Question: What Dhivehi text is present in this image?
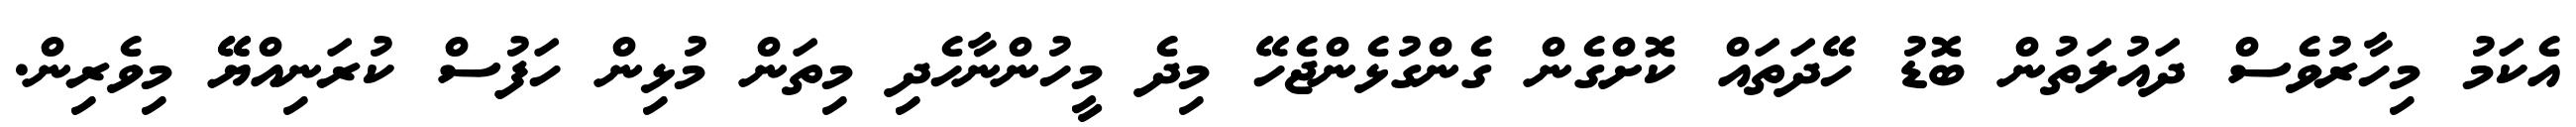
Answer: އެކަމު މިހާރުވެސް ދައުލަތުން ބޮޑު ހޭދަތައް ކޮށްގެން ގެންގުޅެންޖެހޭ މިދެ މީހުންނާހެދި މިތަން މުޅިން ހަފުސް ކުރަނިއްޔޭޭ މިވެރިން.